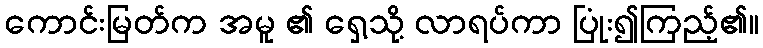
ကောင်းမြတ်က အမူ ၏ ရှေ့သို့ လာရပ်ကာ ပြုံး၍ကြည့်၏။